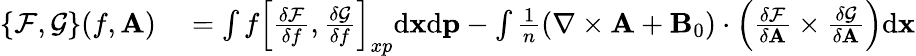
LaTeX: \begin{array}{rl}{\{ \mathcal{F},\mathcal{G}\} (f,{\mathbf A})}&{{}=\int f\left[\frac{\delta\mathcal{F}}{\delta f},\frac{\delta\mathcal{G}}{\delta f}\right]_{xp}\mathrm{d}{\mathbf x}\mathrm{d}{\mathbf p}-\int\frac{1}{n}\left(\nabla\times\mathbf{A}+{\mathbf B}_{0}\right)\cdot\left(\frac{\delta\mathcal{F}}{\delta{\mathbf A}}\times\frac{\delta\mathcal{G}}{\delta{\mathbf A}}\right)\mathrm{d}{\mathbf x}}\end{array}